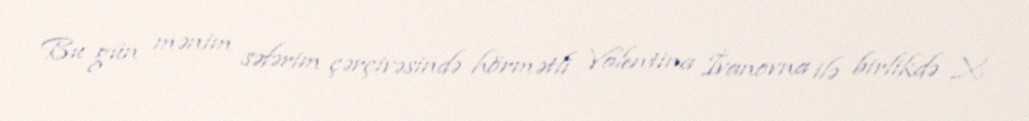
Bu gün mənim səfərim çərçivəsində hörmətli Valentina İvanovna ilə birlikdə X